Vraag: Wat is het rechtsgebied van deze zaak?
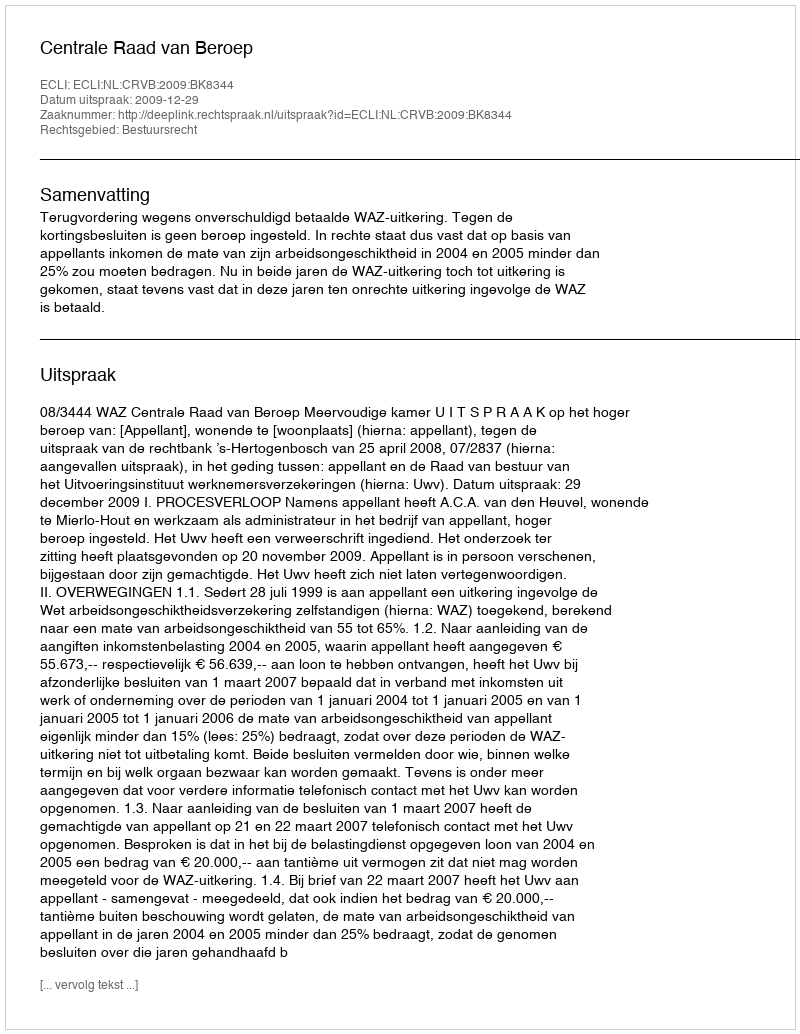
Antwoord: Bestuursrecht